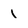
Character: 1